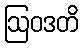
ဩဝဒတိ